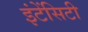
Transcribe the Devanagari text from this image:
इंटेंसिटी